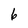
Character: 6